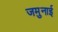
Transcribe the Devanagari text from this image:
जमुनाई